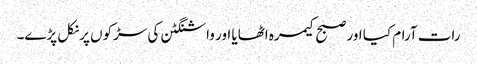
رات آرام کیا اور صبح کیمرہ اٹھایا اور واشنگٹن کی سڑکوں پر نکل پڑے۔